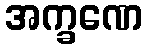
အက္ခဏေ